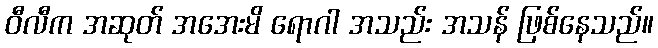
ဝီလီက အဆုတ် အအေးမိ ရောဂါ အသည်း အသန် ဖြစ်နေသည်။